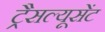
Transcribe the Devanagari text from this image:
ट्रैसल्यूसेंट